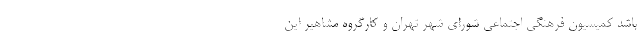
باشد کمیسیون فرهنگی اجتماعی شورای شهر تهران و کارگروه مشاهیر این